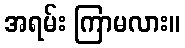
အရမ်း ကြာမလား။